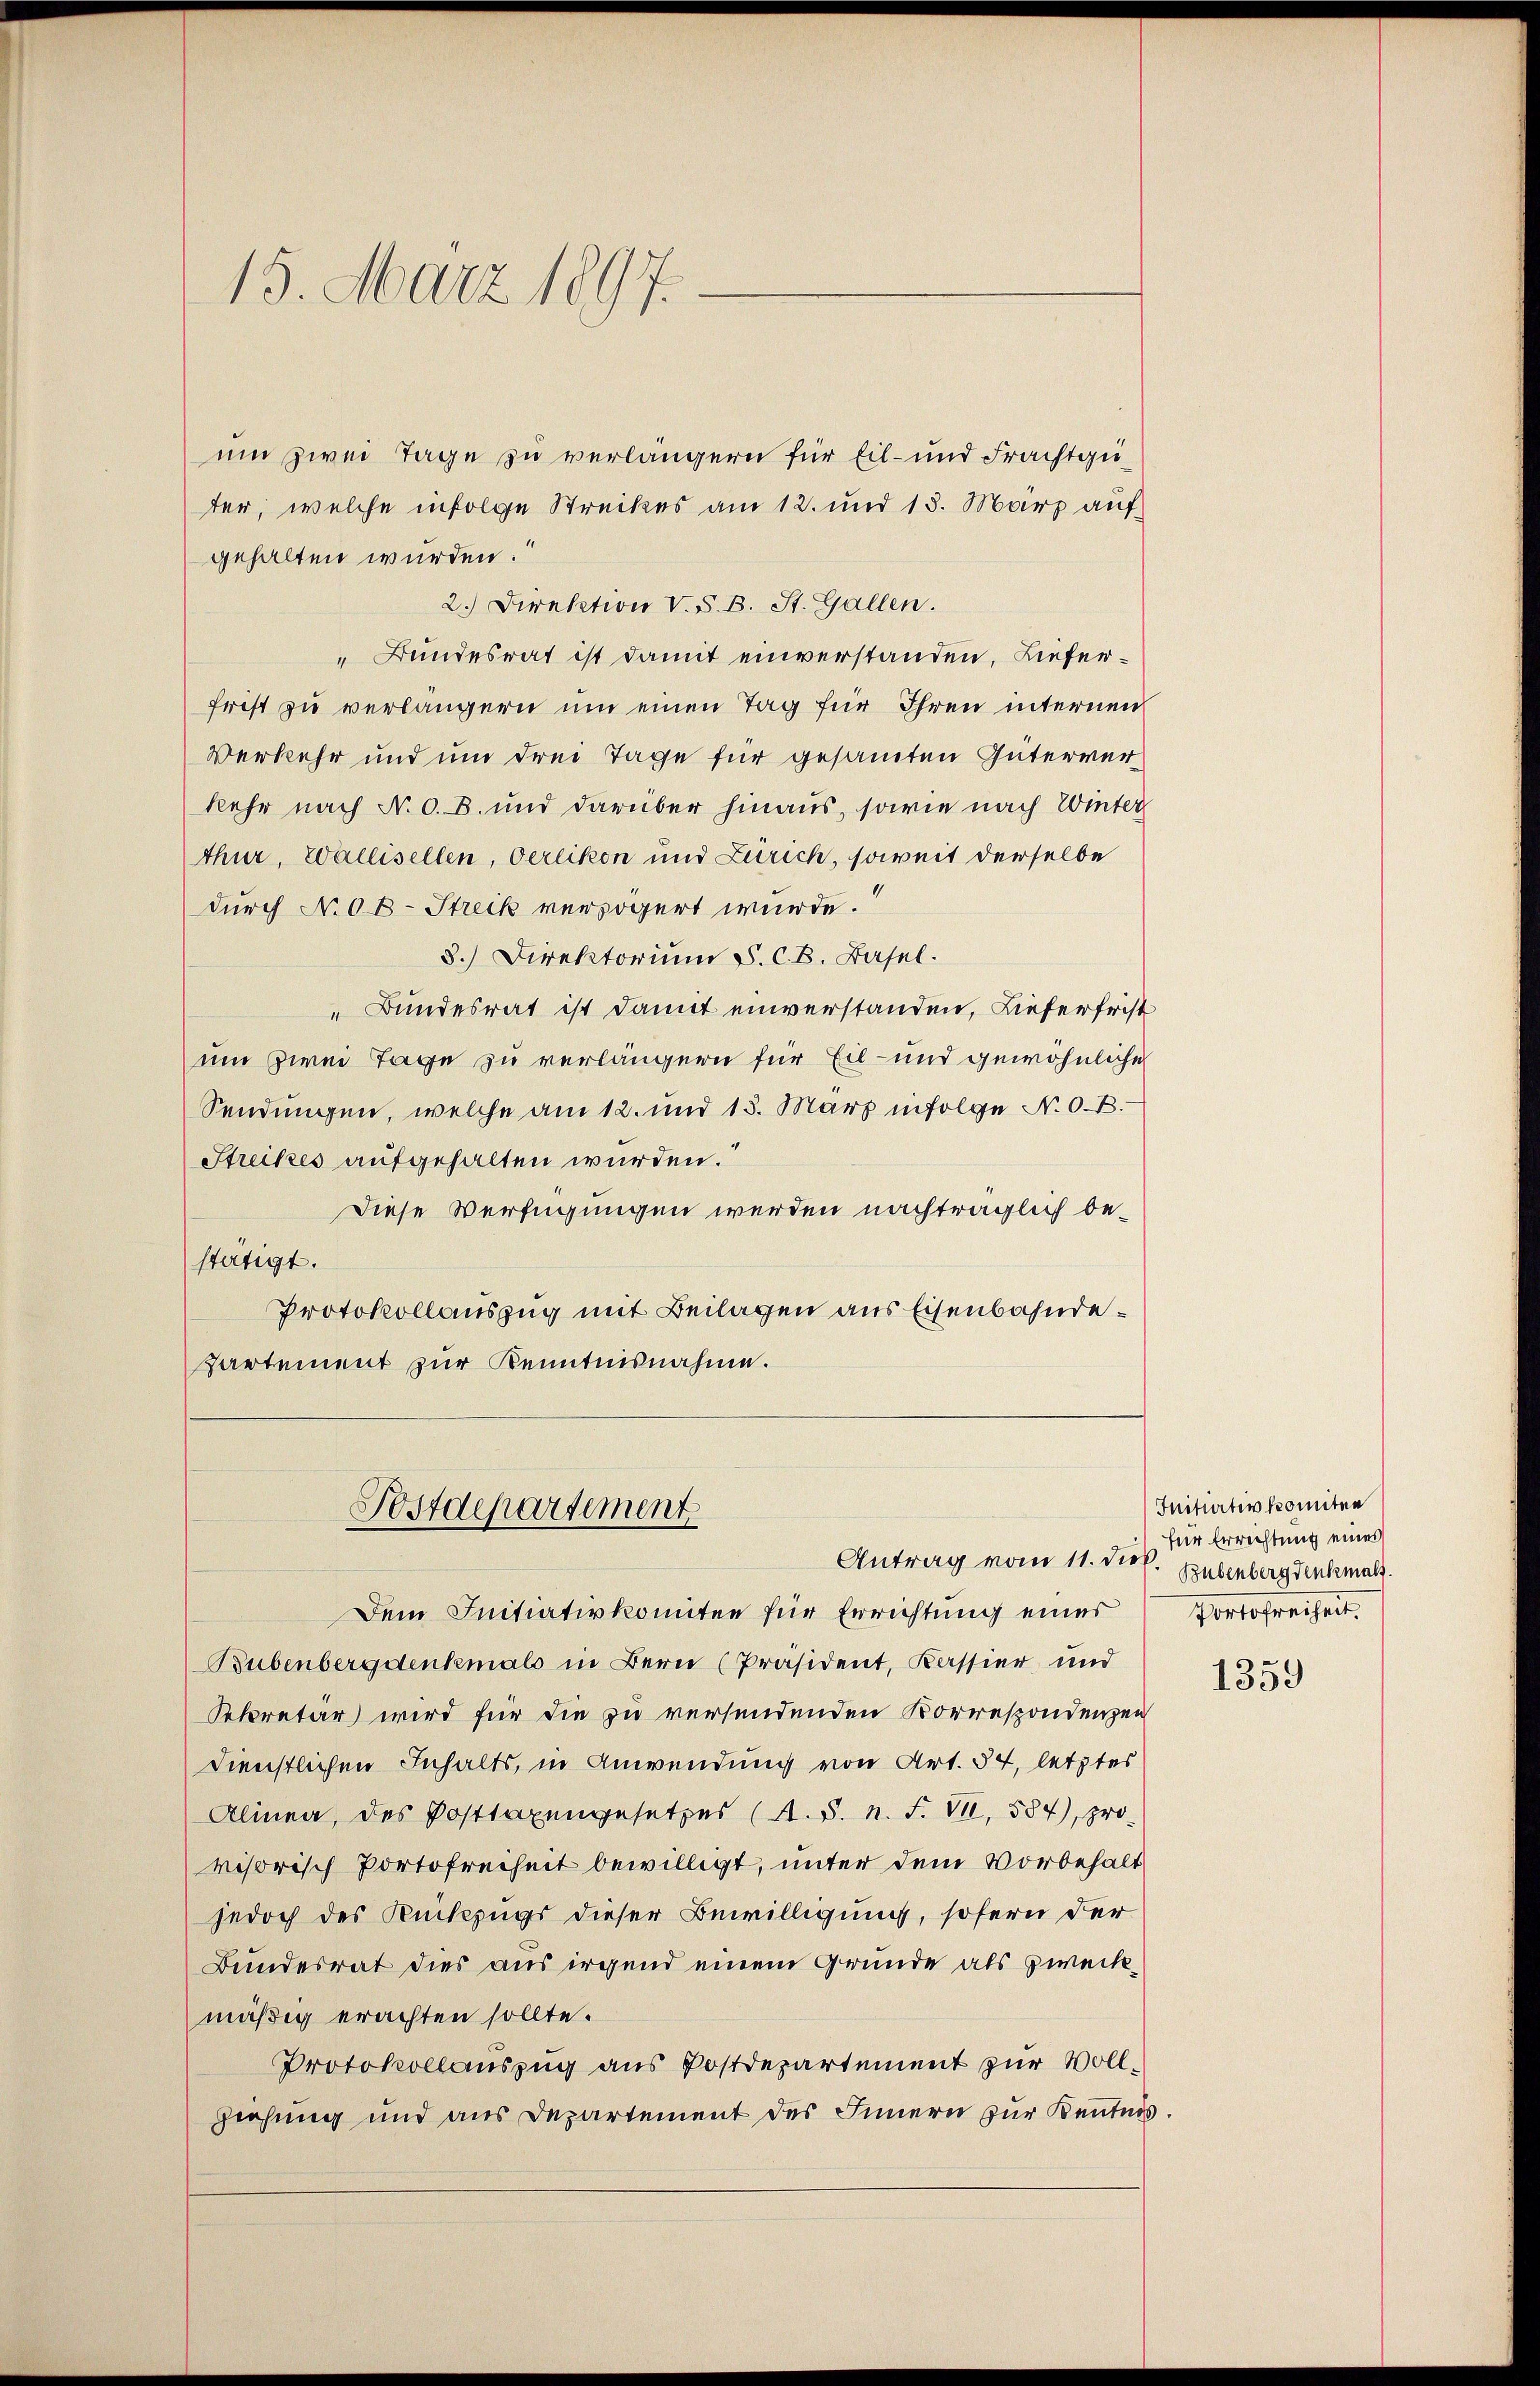
15. März 1897.

um zwei Tage zu verlängern für Eil- und Frachtgüter, welche infolge Streckes am 12. und 18. März auf
gehalten wurden.
2.) Direktion V. S. B. St. Gallen.
„Bundesrat ist damit einverstanden, Lieferfrist zu verlängern um einen Tag für Ihren internen
Verkehr und um drei Tage für gesamten Interverkehr nach N. O. B. und darüber hinaus, sowie nach Winter
thur, Wallisellen, Oerlikon und Zürich, soweit derselbe
durch No. 0B- Streik verzögert wurde.
3.) Direktorium S. C. B. Basel.
„Bundesrat ist damit einverstanden, Lieferfrist
um zwei Tage zu verlängern für Eil- und gewöhnliche
Sendungen, welche am 12. und 15. März infolge N. O. B.
Streikes aufgehalten wurden.
Diese Verfügungen werden nachträglich bestätigt.
Protokollauszug mit Beilagen aus Eisenbahnde¬
Partement zur Kenntnisnahme.
Postdepartement
Antrag vom 11. dies
Dem Initiativkomitee für Errichtung eines
Bubenbergdenkmals in Bern (Präsident, Kassier und
Sekretär wird für die zu versendenden Korrespondenzen
dienstlichen Inhalts, in Anwendung von Art. 54, letztes
Alinea, des Posttaxengesetzes (A. S. n. F. VI, 584), pro
visorisch Portofreiheit bewilligt, unter dem Vorbehalt
jedoch des Rückzugs dieser Bewilligung, sofern der
Bundesrat dies aus irgend einem Grunde als zweckmäßig erachten sollte.
Protokollauszug aus Postdepartement zur Vollziehung und aus Departement des Innern zur Kentnis

Initurtivkomiten
für Errichtung eines
Bubenberg denkmals
Portofreiheit.

1359